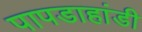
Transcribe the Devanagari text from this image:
पापडाहांडी